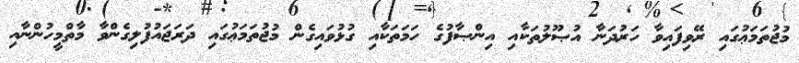
މުޖުތަމަޢުގައި ރޭވިފައިވާ ހަރުދަނާ އުޞޫލުތަކާއި އިންޞާފުގެ ހަމަތަކާއި ގުޅުވައިގެން މުޖުތަމަޢުގައި ދަރަޖައުފުލިގެންވާ މާތްމީހުންނާއި